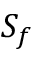
S _ { f }